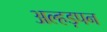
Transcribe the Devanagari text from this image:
अल्हड़पन